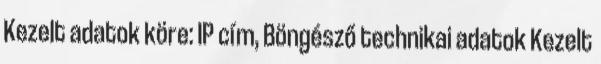
Kezelt adatok köre: IP cím, Böngésző technikai adatok Kezelt